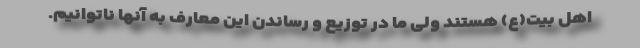
اهل بیت(ع) هستند ولی ما در توزیع و رساندن این معارف به آنها ناتوانیم.